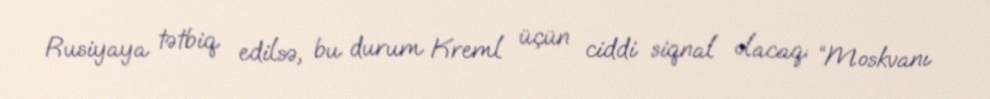
Rusiyaya tətbiq edilsə, bu durum Kreml üçün ciddi siqnal olacaq: “Moskvanı